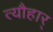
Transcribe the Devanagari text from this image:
त्यौहार्